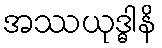
အဿယုဒ္ဓါနိ